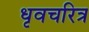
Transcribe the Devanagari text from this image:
धृवचरित्र